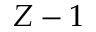
Z - 1